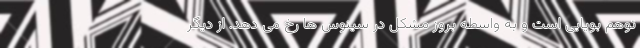
توهم بویایی است و به واسطه بروز مشکل در سینوس ها رخ می دهد. از دیگر